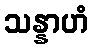
သန္နာဟံ